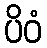
ပိဝံ